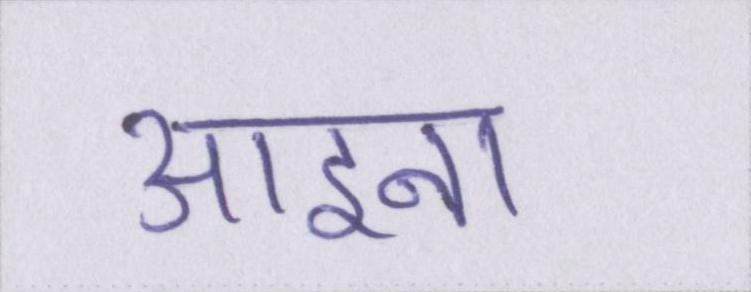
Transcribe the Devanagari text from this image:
आइना